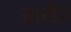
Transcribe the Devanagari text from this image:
आयेर